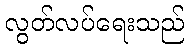
လွတ်လပ်ရေးသည်